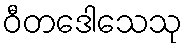
ဝီတဒေါသေသု